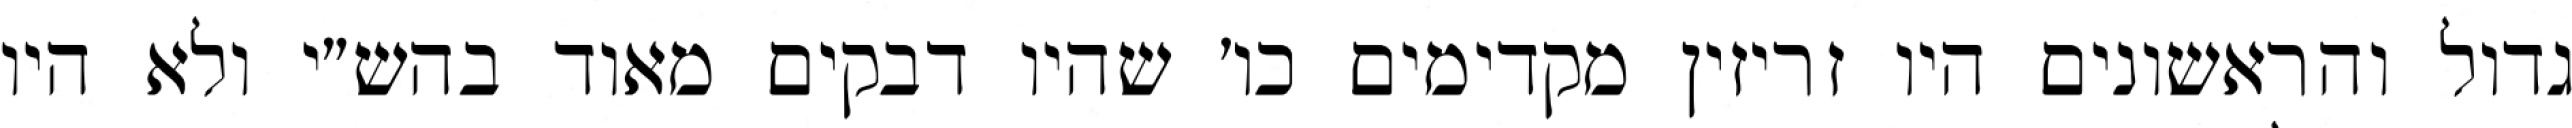
גדול והראשונים היו זריזין מקדימים כו׳ שהיו דבקים מאוד בהש״י ולא היו